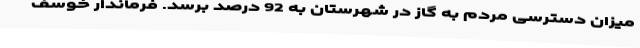
میزان دسترسی مردم به گاز در شهرستان به 92 درصد برسد. فرماندار خوسف